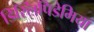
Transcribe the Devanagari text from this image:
डिस्लिपिडेमिया